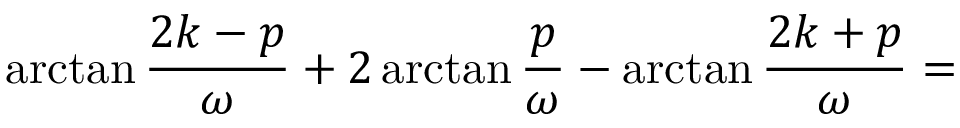
\arctan \frac { 2 k - p } { \omega } + 2 \arctan \frac { p } { \omega } - \arctan \frac { 2 k + p } { \omega } =